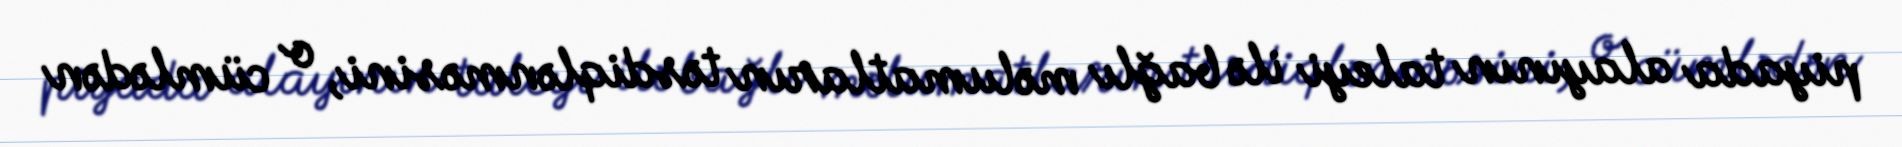
piyada alayının taleyi ilə bağlı məlumatların təsdiqlənməsini, o cümlədən